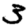
Digit: 3